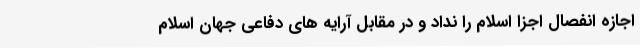
اجازه انفصال اجزا اسلام را نداد و در مقابل آرایه های دفاعی جهان اسلام